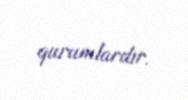
qurumlardır.